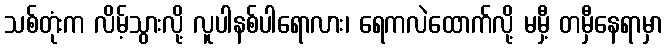
သစ်တုံးက လိမ့်သွားလို့ လူပါနစ်ပါရောလား၊ ရေကလဲထောက်လို့ မမှီ့ တမှီနေရာမှာ